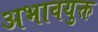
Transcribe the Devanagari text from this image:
अभावयुक्त